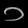
Digit: ၁